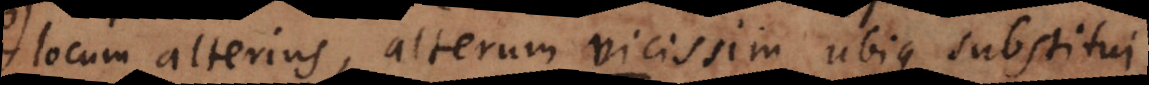
locum alterius, alterum vicissim ubique substitui